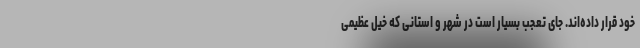
خود قرار داده‌اند. جای تعجب بسیار است در شهر و استانی که خیل عظیمی